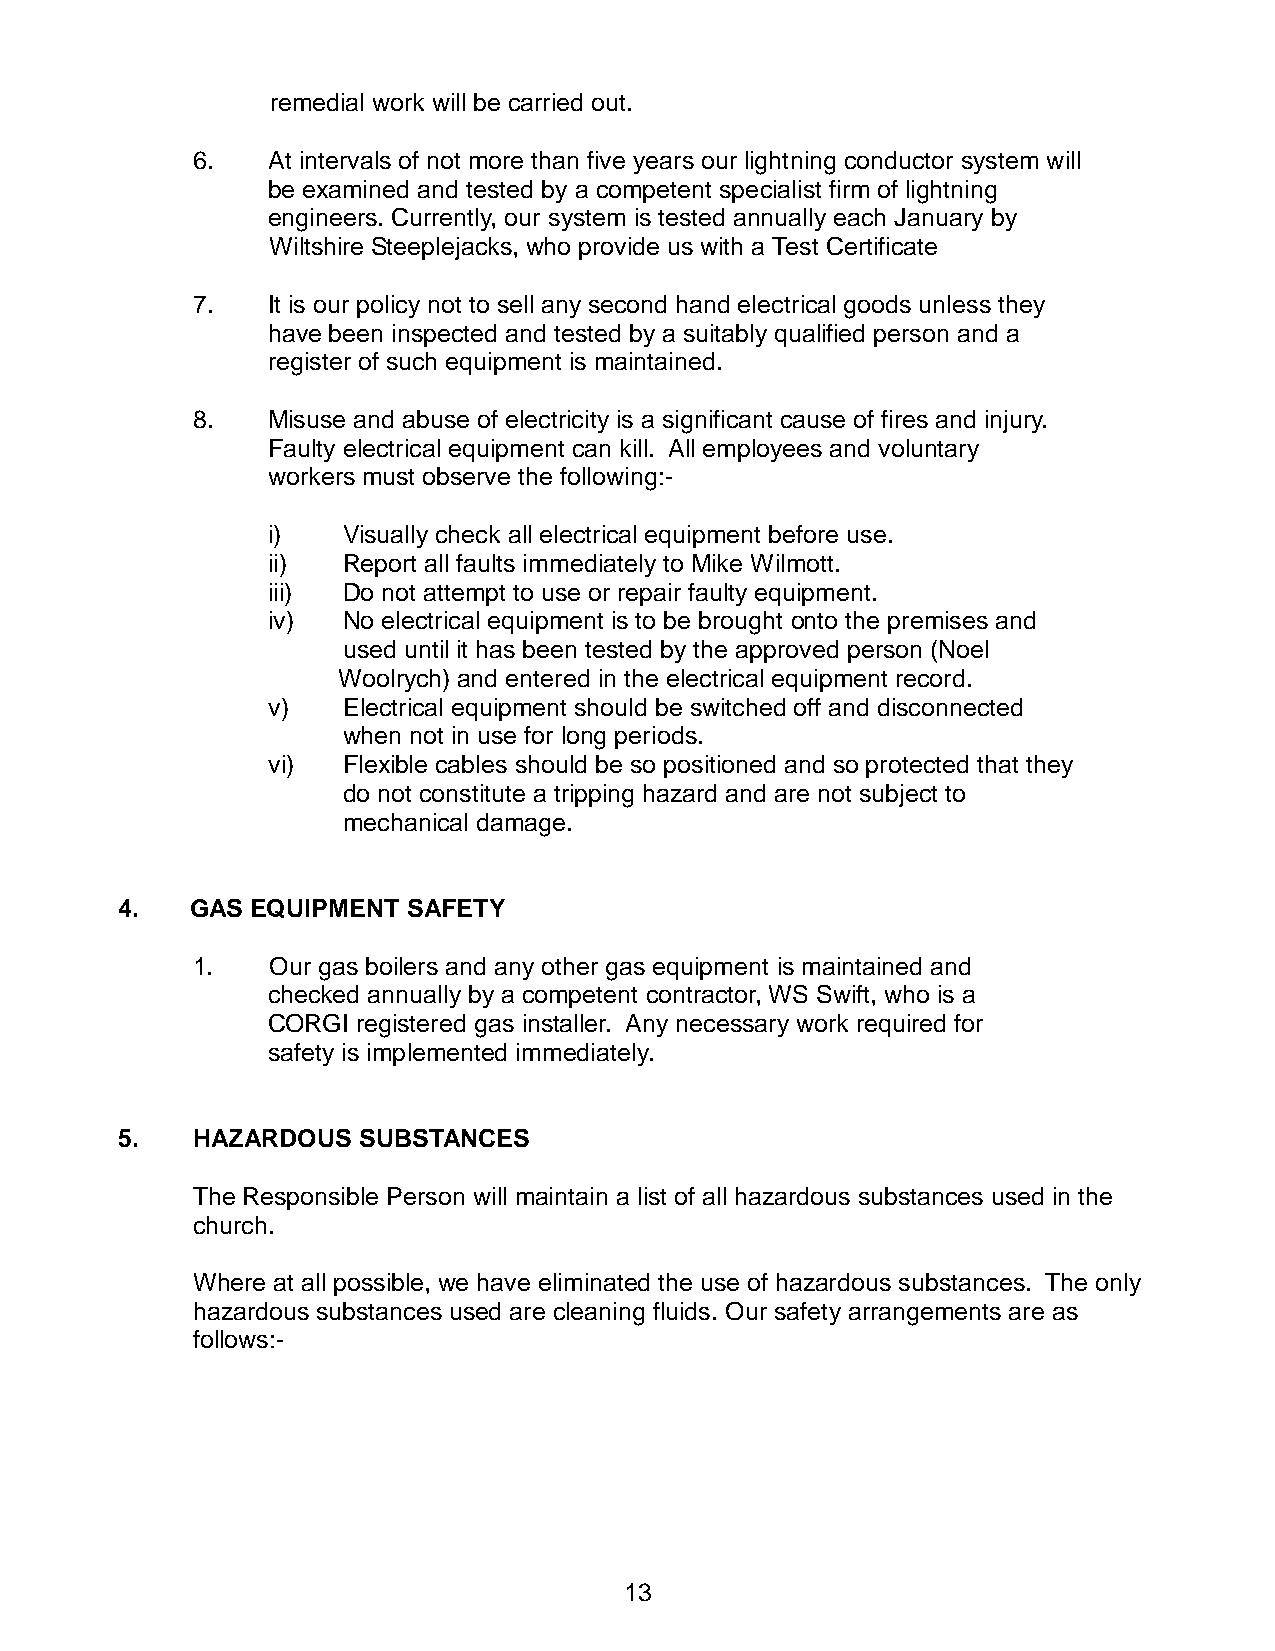
remedial work will be carried out.
 6.   At intervals of not more than five years our lightning conductor system will
 be examined and tested by a competent specialist firm of lightning
 engineers. Currently, our system is tested annually each January by
 Wiltshire Steeplejacks, who provide us with a Test Certificate
 7.   It is our policy not to sell any second hand electrical goods unless they
 have been inspected and tested by a suitably qualified person and a
 register of such equipment is maintained.
 8.   Misuse and abuse of electricity is a significant cause of fires and injury.
 Faulty electrical equipment can kill. All employees and voluntary
 workers must observe the following:-
 i)   Visually check all electrical equipment before use.
 ii)  Report all faults immediately to Mike Wilmott.
 iii) Do not attempt to use or repair faulty equipment.
 iv)  No electrical equipment is to be brought onto the premises and
 used until it has been tested by the approved person (Noel
 Woolrych) and entered in the electrical equipment record.
 v)   Electrical equipment should be switched off and disconnected
 when not in use for long periods.
 vi)  Flexible cables should be so positioned and so protected that they
 do not constitute a tripping hazard and are not subject to
 mechanical damage.
 4.   GAS EQUIPMENT SAFETY
 1.   Our gas boilers and any other gas equipment is maintained and
 checked annually by a competent contractor, WS Swift, who is a
 CORGI registered gas installer. Any necessary work required for
 safety is implemented immediately.
 5.   HAZARDOUS  SUBSTANCES
 The Responsible Person will maintain a list of all hazardous substances used in the
 church.
 Where at all possible, we have eliminated the use of hazardous substances. The only
 hazardous substances used are cleaning fluids. Our safety arrangements are as
 follows:-
 13